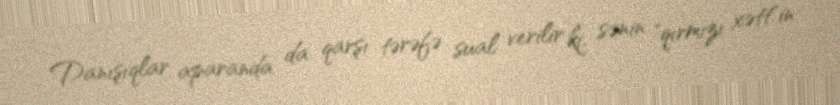
Danışıqlar aparanda da qarşı tərəfə sual verilir ki, sənin "qırmızı xətt"in